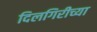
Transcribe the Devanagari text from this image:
दिलगिरीच्या